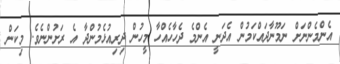
އެންމެންނަށް ނަމޫނާދައްކަމުން އެދަނީ އެންމެ ދެހާހެއްހާ މީހުން ދިރިއުޅެމުންދާ އެ ރަށުންނެވެ. މިކަން